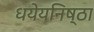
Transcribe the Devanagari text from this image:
धयेयनिष्ठा